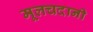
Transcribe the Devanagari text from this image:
मूलचदानी